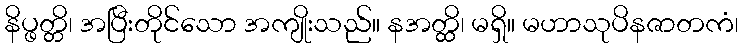
နိပ္ဖတ္တိ၊ အပြီးတိုင်သော အကျိုးသည်။ နအတ္ထိ၊ မရှိ။ မဟာသုပိနဇာတကံ၊